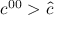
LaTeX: c ^ { 0 0 } > { \hat { c } }